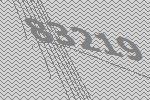
83219